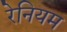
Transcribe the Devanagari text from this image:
रेनियम